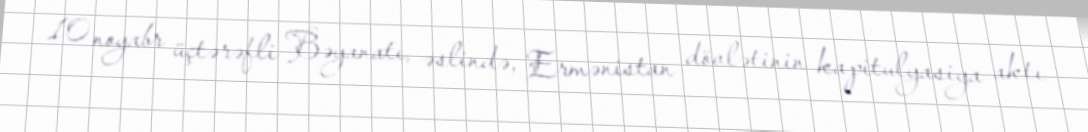
10 noyabr üçtərəfli Bəyanatı, əslində, Ermənistan dövlətinin kapitulyasiya aktı